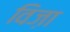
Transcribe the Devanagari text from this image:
विज़ा